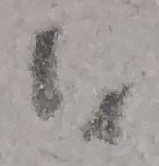
Text: I1